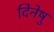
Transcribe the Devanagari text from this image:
दिनेषु